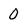
Character: 0